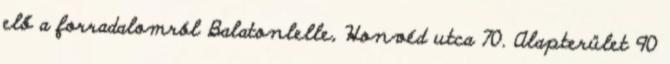
elő a forradalomról Balatonlelle, Honvéd utca 70. Alapterület 90